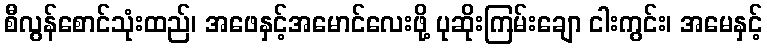
စီလွန်စောင်သုံးထည်၊ အဖေနှင့်အမောင်လေးဖို့ ပုဆိုးကြမ်းချော ငါးကွင်း၊ အမေနှင့်